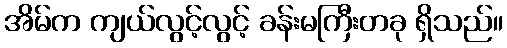
အိမ်က ကျယ်လွင့်လွင့် ခန်းမကြီးတခု ရှိသည်။